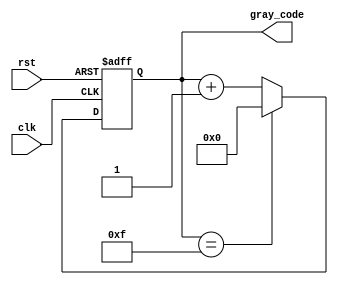
module gray_code_counter(
    input wire clk,
    input wire rst,
    output reg [N-1:0] gray_code
);

parameter N = 4; // define N-bit Gray code counter

reg [N-1:0] gray_code_next;

always @(posedge clk or posedge rst) begin
    if (rst) begin
        gray_code <= 0;
    end else begin
        gray_code <= gray_code_next;
    end
end

always @* begin
    if (gray_code == 2**N - 1) begin
        gray_code_next = 0;
    end else begin
        gray_code_next = gray_code + 1;
    end
end

endmodule